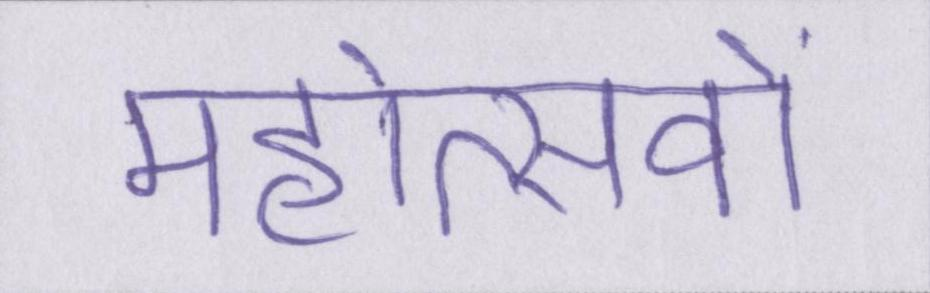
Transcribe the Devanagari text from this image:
महोत्सवों